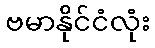
ဗမာနိုင်ငံလုံး